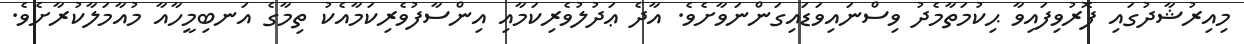
މިއިރުޝާދުގައި ފޮރުވިފައިވާ ޙިކުމަތާމެދު ވިސްނައިވަޑައިގަންނަވާށެވެ. އާދެ ޢަދުލުވެރިކަމާއި އިންސާފުވެރިކަމާއެކު ތިމާގެ އަނބިމީހާއާ މުއާމަލާކުރާށެވެ.